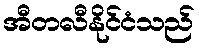
အီတလီနိုင်ငံသည်